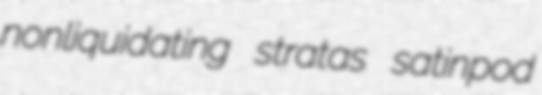
nonliquidating stratas satinpod